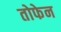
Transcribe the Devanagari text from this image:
तोफेन